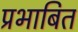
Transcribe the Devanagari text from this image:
प्रभाबित